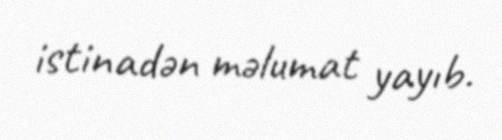
istinadən məlumat yayıb.